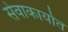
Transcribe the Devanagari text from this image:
सेवाकार्यात